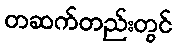
တဆက်တည်းတွင်